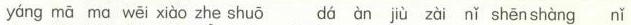
yáng mā ma wēi xiào zhè shuō dá àn jiù zài nǐ shēn shàng nǐ